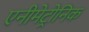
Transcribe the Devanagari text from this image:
एनीमेट्रोनिक